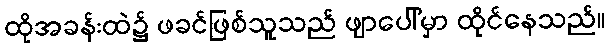
ထိုအခန်းထဲ၌ ဖခင်ဖြစ်သူသည် ဖျာပေါ်မှာ ထိုင်နေသည်။